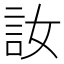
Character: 𫌳